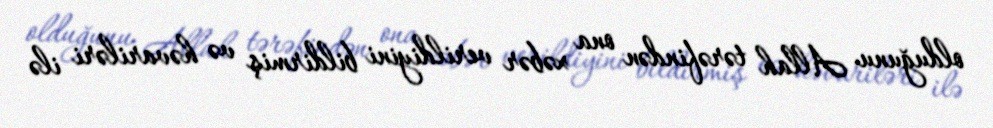
olduğunu Allah tərəfindən ona xəbər verildiyini bildirmiş və həvariləri ilə